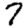
Digit: 7